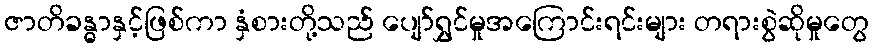
ဇာတိခန္ဓာနှင့်ဖြစ်ကာ နှံစားတို့သည် ပျော်ရွှင်မှုအကြောင်းရင်းများ တရားစွဲဆိုမှုတွေ